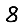
Digit: 8